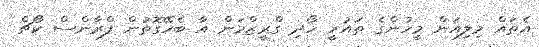
އެތައް މިލިއަން މީހުންގެ ތައުރީ ހޯދި ގްރީޒްމަން އާ ބެހޭގޮތުން ފްރާންސް ކޯޗް